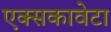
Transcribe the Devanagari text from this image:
एक्सकावेटा